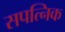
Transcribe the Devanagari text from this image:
सपत्निक